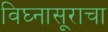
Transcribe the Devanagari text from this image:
विघ्नासूराचा